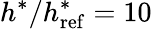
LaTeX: h^{*}/h_{\mathrm{ref}}^{*}=10